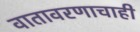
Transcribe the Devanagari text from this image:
वातावरणाचाही